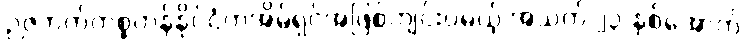
ဉဇဘက်ကစ္စတန်နိုင်ငံကအိမ်ရှင်အဖြစ်ကျင်းပမယ့် အသက် ၂၃ နှစ်အောက်